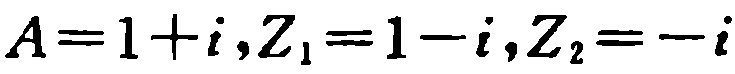
$A = 1 + i,Z_{1} = 1 - i,Z_{2} = -i$